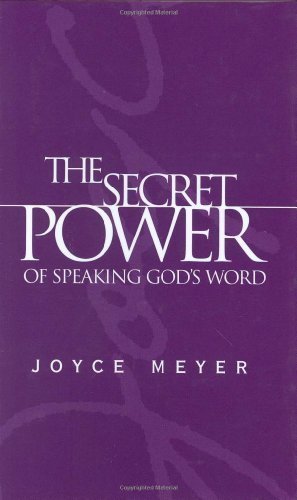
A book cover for The Secret Power of Speaking God's Word; Joyce Meyer; Christian Books & Bibles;